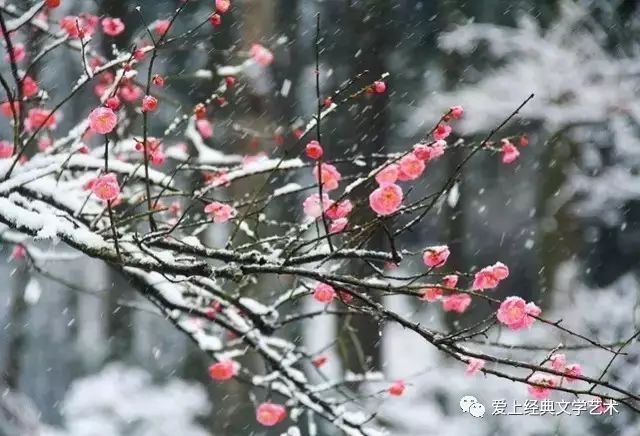
柳垂江上影，梅谢雪中枝。